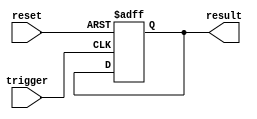
module generate_task_block (
    input trigger,
    input reset,
    output reg result
);

reg task_state;

always @ (posedge trigger or posedge reset) begin
    if (reset) begin
        task_state <= 0;
        result <= 0;
    end else begin
        case(task_state)
            0: begin
                // Perform task 1
                task_state <= 1;
            end
            1: begin
                // Perform task 2
                task_state <= 2;
            end
            2: begin
                // Perform task 3
                task_state <= 3;
            end
            default: begin
                // handle error
                task_state <= 0;
            end
        endcase
    end
end

endmodule